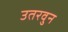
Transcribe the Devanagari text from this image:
उतरवुन